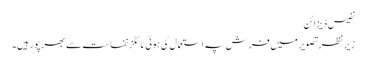
نفیس ڈیزائن
زیرِ نظر تصویر میں فرش پہ استعمال کی ہوئی ٹائلز نفاست سے بھرپور ہیں۔